Indian journal of veterinary science and animal husbandry - Volumes 28-29, 1958-1959
Year: 1958
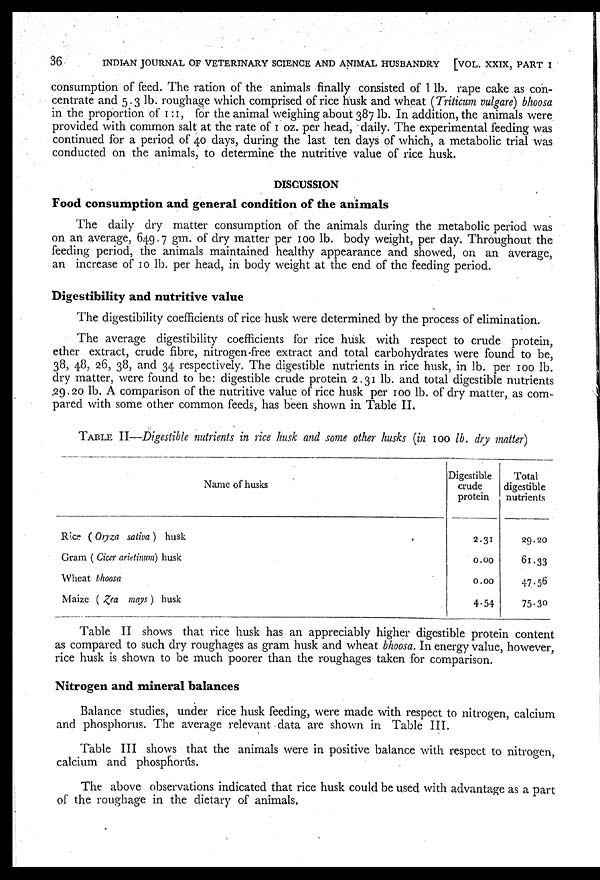
36
INDIAN JOURNAL OF VETERINARY SCIENCE AND ANIMAL HUSBANDRY
[VOL. XXIX, PART I
consumption of feed. The ration of the animals finally consisted of 1 lb. rape cake as con-
centrate and 5.3 lb. roughage which comprised of rice husk and wheat (Triticum vulgare) bhoosa
in the proportion of 1:1, for the animal weighing about 387 lb. In addition, the animals were
provided with common salt at the rate of 1 oz. per head, daily, The experimental feeding was
continued for a period of 40 days, during the last ten days of which, a metabolic trial was
conducted on the animals, to determine the nutritive value of rice husk.
DISCUSSION
Food consumption and general condition of the animals
The daily dry matter consumption of the animals during the metabolic period was
on an average, 649.7 gm. of dry matter per 100 lb. body weight, per day. Throughout the
feeding period, the animals maintained healthy appearance and showed, on an average,
an increase of 10 lb. per head, in body weight at the end of the feeding period.
Digestibility and nutritive value
The digestibility coefficients of rice husk were determined by the process of elimination.
The average digestibility coefficients for rice husk with respect to crude protein,
ether extract, crude fibre, nitrogen-free extract and total carbohydrates were found to be,
38, 48, 26, 38, and 34 respectively. The digestible nutrients in rice husk, in lb. per 100 lb.
dry matter, were found to be: digestible crude protein 2.31 lb. and total digestible nutrients
29.20 lb. A comparison of the nutritive value of rice husk per 100 lb. of dry matter, as com-
pared with some other common feeds, has been shown in Table II.
TABLE II—Digestible nutrients in rice husk and some other husks (in 100 lb. dry matter)
Name of husks
Rice ( Oryza sativa ) husk
Gram ( Cicer arietinum) husk
Wheat bhoosa
Maize ( Zea mays ) husk
Digestible
crude
protein
2.31
0.00
0.00
4.54
Total
digestible
nutrients
29.20
61.33
47.56
75.30
Table II shows that rice husk has an appreciably higher digestible protein content
as compared to such dry roughages as gram husk and wheat bhoosa. In energy value, however,
rice husk is shown to be much poorer than the roughages taken for comparison.
Nitrogen and mineral balances
Balance studies, under rice husk feeding, were made with respect to nitrogen, calcium
and phosphorus. The average relevant data are shown in Table III.
Table III shows that the animals were in positive balance with respect to nitrogen,
calcium and phosphorus.
The above observations indicated that rice husk could be used with advantage as a part
of the roughage in the dietary of animals.